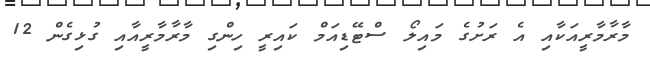
މާރާމާރީއަކާއި އެ ރަށުގެ މައިލޯ ސްޓޭޑިއަމް ކައިރީ ހިންގި މާރާމާރީއާއި ގުޅިގެން 12